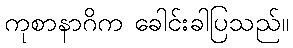
ကုစာနာဂိက ခေါင်းခါပြသည်။